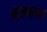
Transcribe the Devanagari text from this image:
नंदसाम्राज्य